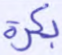
بكرة